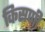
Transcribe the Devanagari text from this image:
किसणी